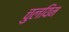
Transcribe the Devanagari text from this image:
चुलयिम